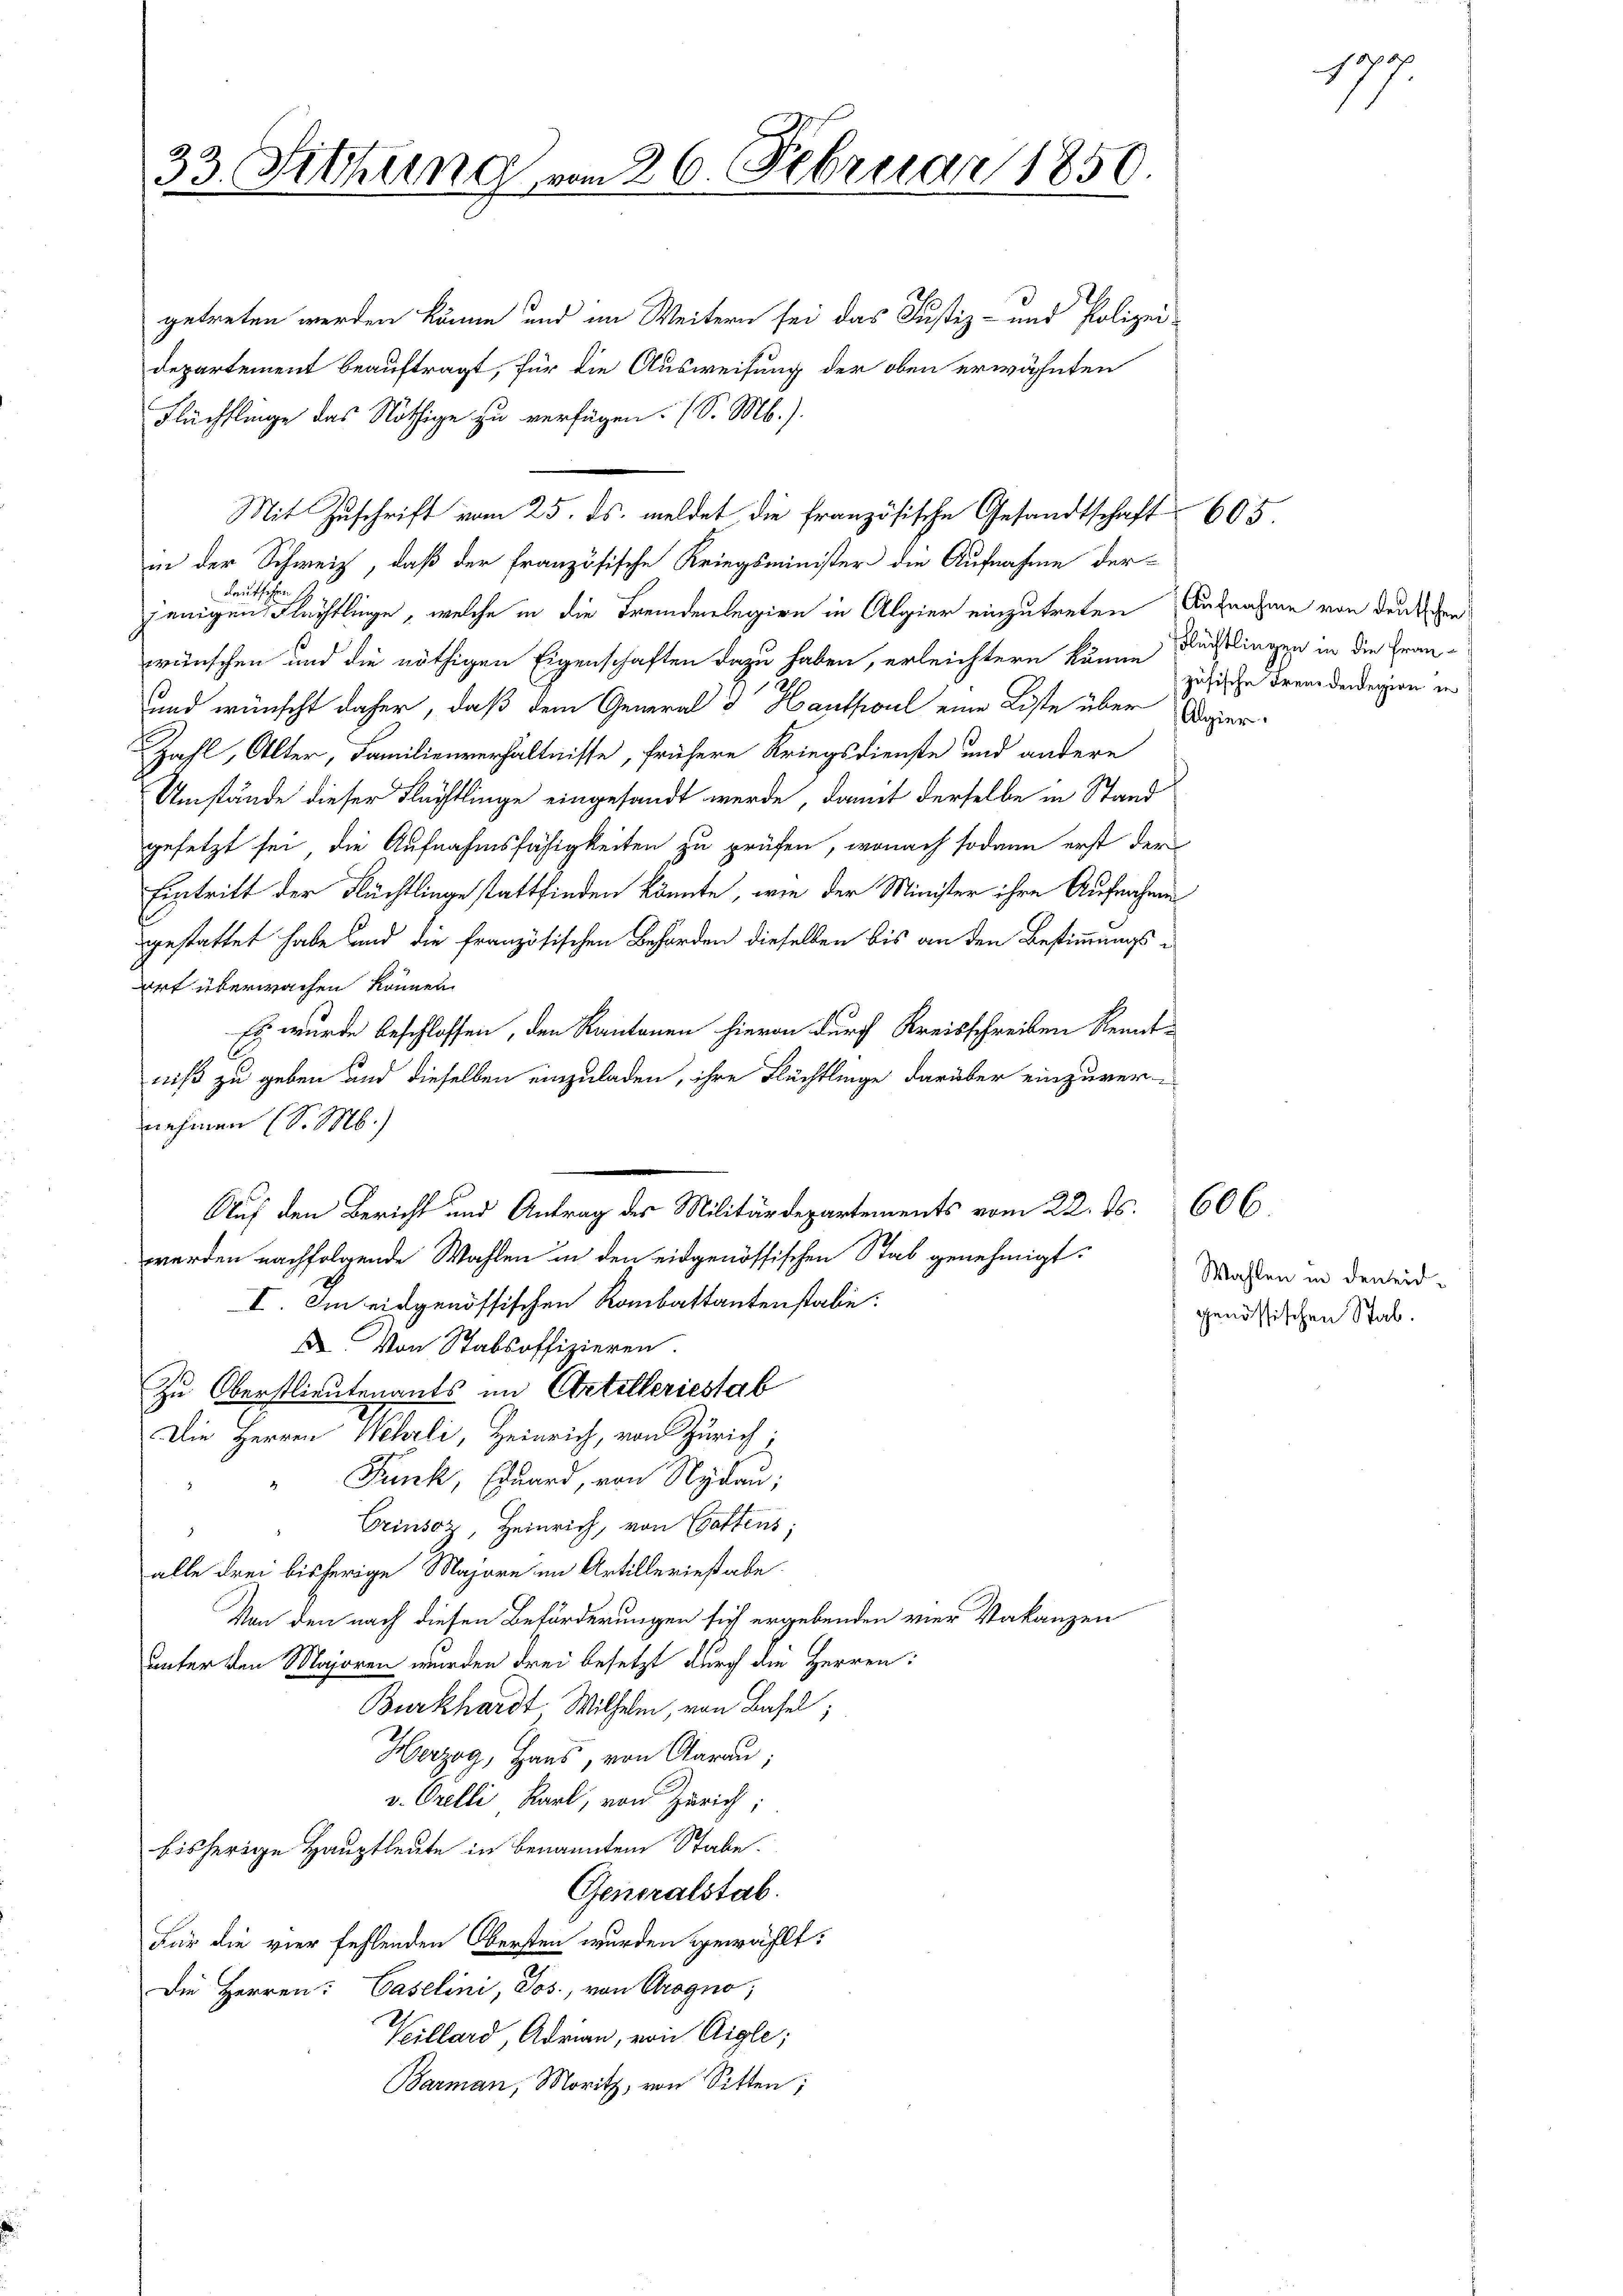
33. Fitzung vom 26. Februar 1850.

getreten werden könne und im Weitern sei das Justiz- und Polizei¬
Departement beauftragt, für die Ausweisung der oben erwähnten
Flüchflinge das Nöthige zu verfügen. (S. M.).
in der Schweiz, daß der französische Kriegsminister die Aufnahme der
deutschen
jenigen Flüchtlinge, welche in die Fremdenlegion in Algier einzutreten Aufnahme von den her
wünschen und die nöthigen Eigenschaften dazu haben, erleichtern könne Künstlingen in die Fran¬
und wünscht daher, daß dem General Hautfaul eine Liste über Doper¬
Zahl, Alter, Familienverhältnisse, frühere Kriegsdienste und andere
Umstände dieser Flächtlinge eingesandt werde, damit derselbe in Stand
gesetzt sei, die Aufnahmsfähigkeiten zu prüfen, wonach sodann erst der
Eintritt der Flüchtlinge stattfinden könnte, wie der Minister ihre Aufnahmen
gestattet habe und die französischen Behörden dieselben bis an den Bestimmungsort überwachen können.
Es wurde beschlossen, den Kantonen hievon durch Kreisschreiben Renntniß zu geben und dieselben einzuladen, ihre Flüchtlinge darüber einzuver-
nehmen (S. M.)
werden nachfolgende Wahlen in den eidgenössischen Stab genehmigt.
I. Im eidgenössischen Rabattantenstalie
 Von Stabsoffizieren.
Zu Oberstlieutenants im Artilleriestab
Die Herren Wehrli, Heinrich, von Zürich;
Funk, Eduard, von Nydau;
Crinsoz, Heinrich, von Egattens;
alle drei bisherige Majore im Artilleriestabe
Von den nach diesen Beförderungen sich ergebenden vier Vakanzen
unter den Majoren wurden drei besetzt durch die Herren:
Burkhardt Wilhelm, von Basel;
Herzog, Haus, von Aarau;
v. Orelli Karl, von Zürich;
bisherige Hauptleute in benannten Stabe.
Generalstab.
Für die vier fehlenden Obersten wurden gewählt:
Die Herren: Caselini, Jos., von Grogno,
Keillard, Adrian, von Aigle;
Barman, Moritz, von Sitten;

Mit Zuschrift vom 25. ds. meldet die französische Gesandtschaft 605

Auf den Bericht und Antrag des Militärdepartements vom 22. ds. 60 l

177

zufische Fremdenegion in

Wahlen in den eidgenössischen Stab.